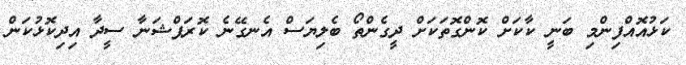
ކަޅުއޮއްފިންމި ބަނީ ކާކަށް ކޮންގޮތަކަށް ދީގެންތޯ ބެލިޔަސް އެނގޭނެ ކޮރަޕްޝަނާ ސީދާ އިދިކޮޅުކަން